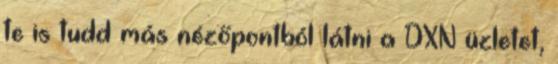
te is tudd más nézőpontból látni a DXN üzletet,